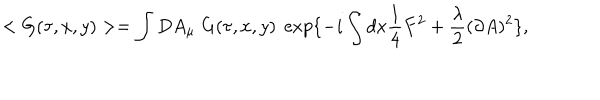
LaTeX: < G ( \tau , x , y ) > = \int D A _ { \mu } \; G ( \tau , x , y ) \; \exp \{ - i \int d x \frac { 1 } { 4 } F ^ { 2 } + \frac { \lambda } { 2 } ( \partial A ) ^ { 2 } \} ,